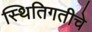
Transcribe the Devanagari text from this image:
स्थितिगतीचे